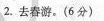
2.去春游。(6分)